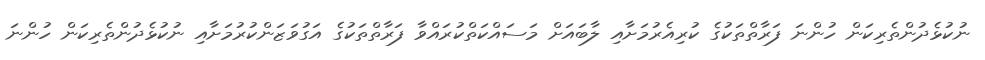
ނުކުޅެދުންތެރިކަން ހުންނަ ފަރާތްތަކުގެ ކުރިއެރުމަށާއި ލާބައަށް މަސައްކަތްކުރައްވާ ފަރާތްތަކުގެ އަގުވަޒަންކުރުމަށާއި ނުކުޅެދުންތެރިކަން ހުންނަ